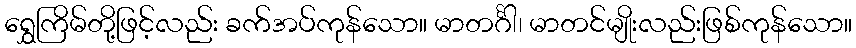
ရွှေကြိမ်တို့ဖြင့်လည်း ခက်အပ်ကုန်သော။ မာတင်္ဂါ၊ မာတင်မျိုးလည်းဖြစ်ကုန်သော။